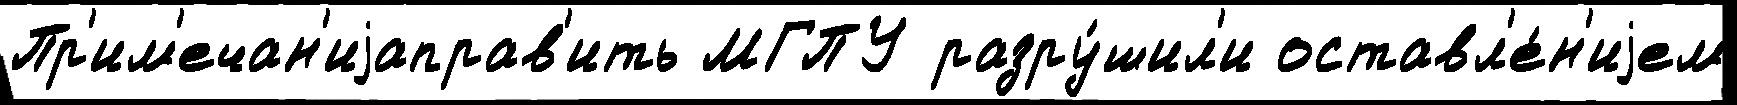
Пр'им'ечан'иjаправ'ить МГПУ разру́шил'и оставл'е́н'иjем